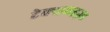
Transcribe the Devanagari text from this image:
टेक्सराइज़्ड